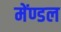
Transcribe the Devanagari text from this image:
मेंण्डल